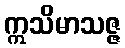
ဣသိမာသဇ္ဇ